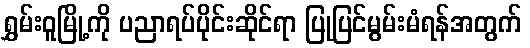
ရွှမ်းဝူမြို့ကို ပညာရပ်ပိုင်းဆိုင်ရာ ပြုပြင်မွမ်းမံရန်အတွက်